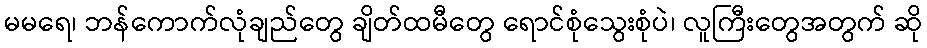
မမရေ၊ ဘန်ကောက်လုံချည်တွေ ချိတ်ထမီတွေ ရောင်စုံသွေးစုံပဲ၊ လူကြီးတွေအတွက် ဆို